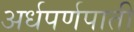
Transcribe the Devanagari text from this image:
अर्धपर्णपाती